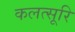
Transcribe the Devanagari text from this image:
कलत्सूरि